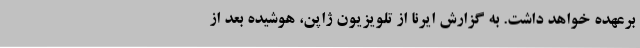
برعهده خواهد داشت. به گزارش ایرنا از تلویزیون ژاپن، هوشیده بعد از